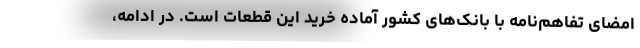
امضای تفاهم‌نامه با بانک‌های کشور آماده خرید این قطعات است. در ادامه،